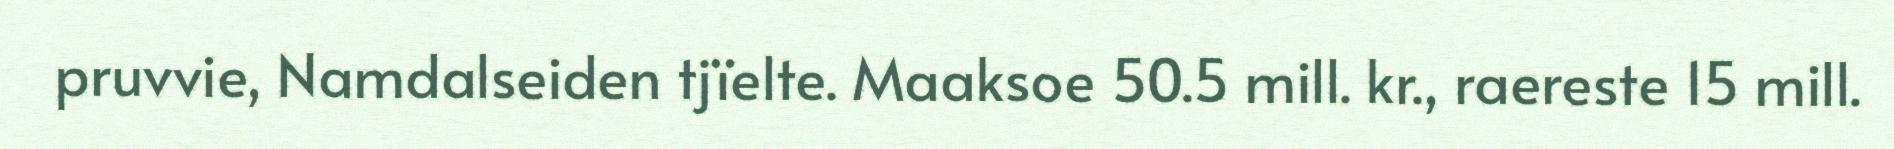
pruvvie, Namdalseiden tjïelte. Maaksoe 50.5 mill. kr., raereste 15 mill.